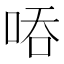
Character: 㖔